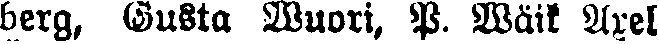
berg, Gusta Wuori, P. Wäik. Axel